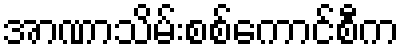
အာဏာသိမ်းစစ်ကောင်စီက